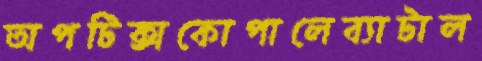
অপটিক্সকোপালেব্যাটাল